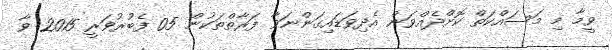
ވީމާ މި މަސައްކަތް ކޮށްދެއްވަން އެދިވަޑައިގަންނަވާ ފަރާތްތަކުން 05 ފެބުރުވަރީ 2015 ވާ